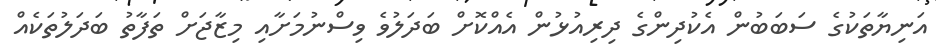
އަނިޔާތަކުގެ ސަބަބުން އެކުދިންގެ ދިރިއުޅުން އެއްކޮށް ބަދަލުވެ ވިސްނުމަށާއި މިޒާޖަށް ތަފާތު ބަދަލުތަކެއް